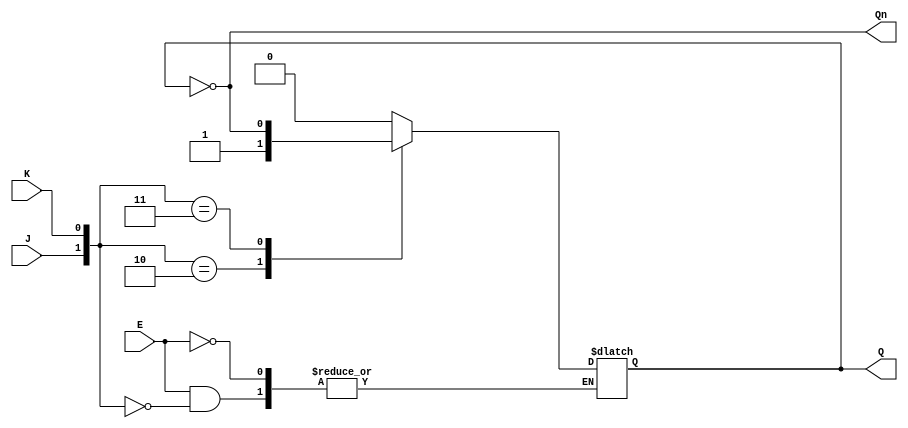
module gated_jk_latch (
    input wire J,         // Input to set the latch
    input wire K,         // Input to reset the latch
    input wire E,         // Enable signal
    output reg Q,         // Current state output
    output wire Qn        // Complementary output
);

    // Complementary output
    assign Qn = ~Q;

    always @(*) begin
        if (E) begin
            case ({J, K})
                2'b00: Q <= Q;          // No change
                2'b01: Q <= 1'b0;      // Reset
                2'b10: Q <= 1'b1;      // Set
                2'b11: Q <= ~Q;        // Toggle
            endcase
        end
        // If E is LOW, the output Q retains its previous state
    end

endmodule